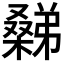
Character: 𣜹